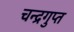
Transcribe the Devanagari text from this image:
चन्द्रगुप्त